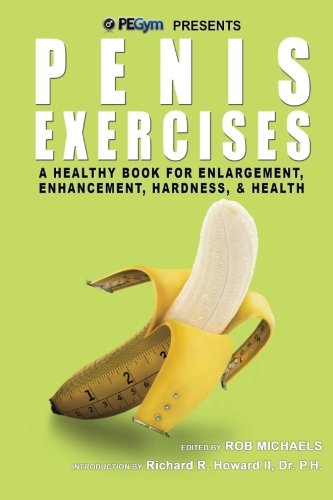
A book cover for Penis Exercises: A Healthy Book for Enlargement, Enhancement, Hardness, & Health; Rob Michaels; Health, Fitness & Dieting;